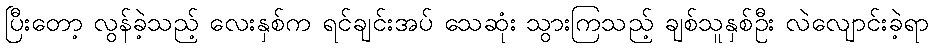
ပြီးတော့ လွန်ခဲ့သည့် လေးနှစ်က ရင်ချင်းအပ် သေဆုံး သွားကြသည့် ချစ်သူနှစ်ဦး လဲလျောင်းခဲ့ရာ